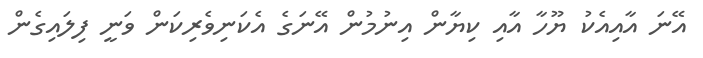
އޭނަ އާއިއެކު ޔޫހާ އާއި ކިޔާން އިނުމުން އޭނަގެ އެކަނިވެރިކަން ވަނީ ފިލައިގެން